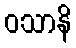
ဝသာနိ